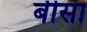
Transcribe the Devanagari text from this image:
बीसा